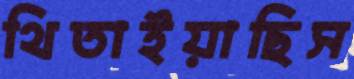
থিতাইয়াছিস